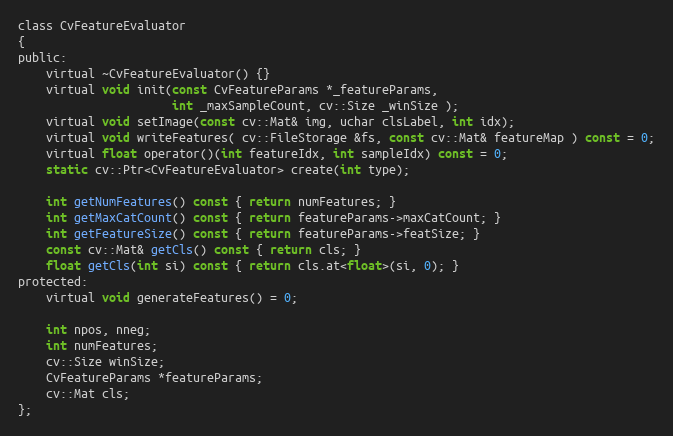
Language: C
class CvFeatureEvaluator
{
public:
    virtual ~CvFeatureEvaluator() {}
    virtual void init(const CvFeatureParams *_featureParams,
                      int _maxSampleCount, cv::Size _winSize );
    virtual void setImage(const cv::Mat& img, uchar clsLabel, int idx);
    virtual void writeFeatures( cv::FileStorage &fs, const cv::Mat& featureMap ) const = 0;
    virtual float operator()(int featureIdx, int sampleIdx) const = 0;
    static cv::Ptr<CvFeatureEvaluator> create(int type);

    int getNumFeatures() const { return numFeatures; }
    int getMaxCatCount() const { return featureParams->maxCatCount; }
    int getFeatureSize() const { return featureParams->featSize; }
    const cv::Mat& getCls() const { return cls; }
    float getCls(int si) const { return cls.at<float>(si, 0); }
protected:
    virtual void generateFeatures() = 0;

    int npos, nneg;
    int numFeatures;
    cv::Size winSize;
    CvFeatureParams *featureParams;
    cv::Mat cls;
};